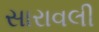
સારાવલી